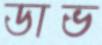
ডাভ